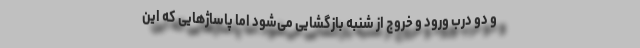
و دو درب ورود و خروج از شنبه بازگشایی می‌شود اما پاساژهایی که این